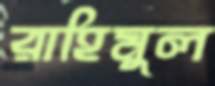
রাহিমুল